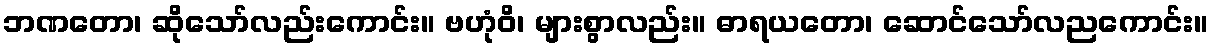
ဘဏတော၊ ဆိုသော်လည်းကောင်း။ ဗဟုံဝိ၊ များစွာလည်း။ ဓာရယတော၊ ဆောင်သော်လညကောင်း။